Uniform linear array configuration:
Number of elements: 32
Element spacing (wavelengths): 0.75
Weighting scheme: cosine
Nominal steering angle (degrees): -60
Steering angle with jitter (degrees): -59.331
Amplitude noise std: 0.05
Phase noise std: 0.05

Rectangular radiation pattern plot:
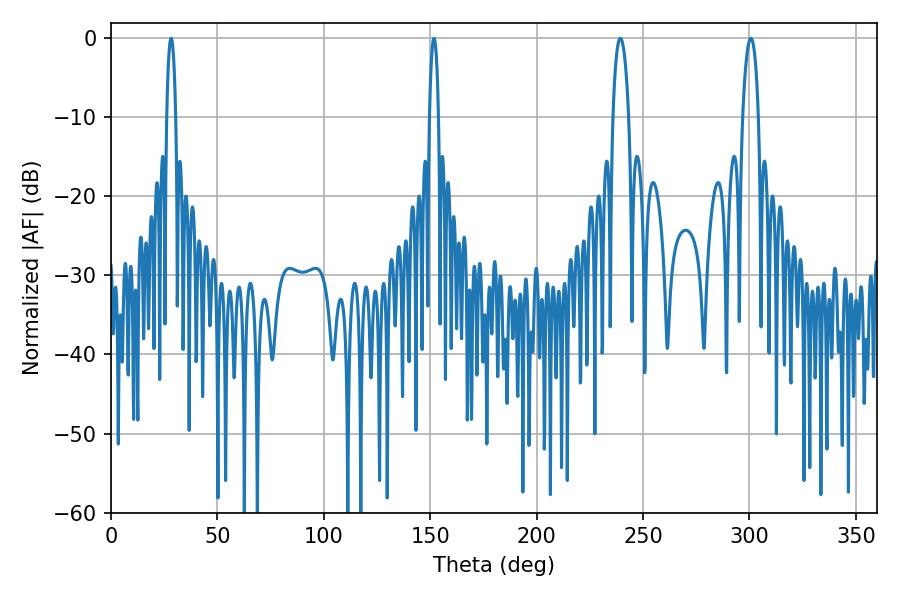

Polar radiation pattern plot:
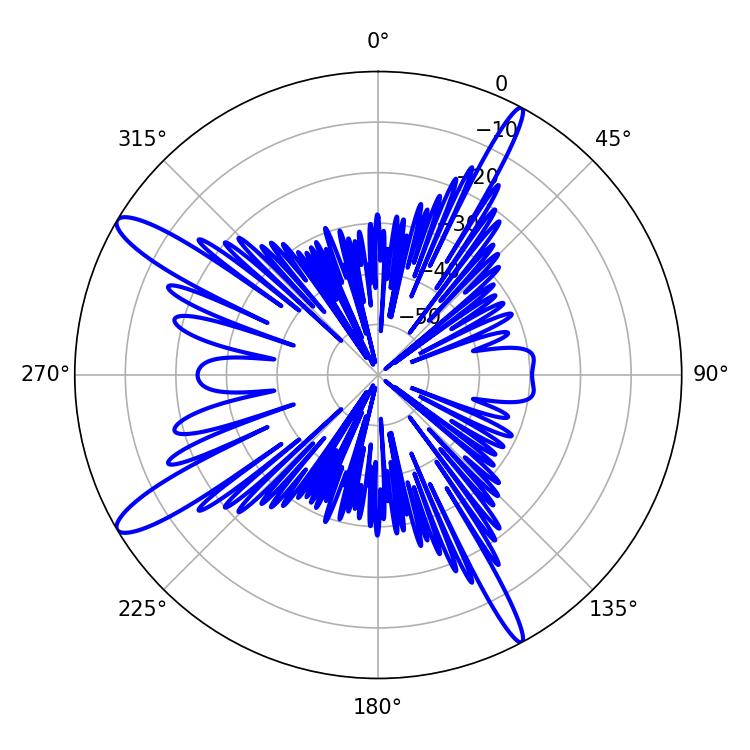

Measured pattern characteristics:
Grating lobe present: TRUE
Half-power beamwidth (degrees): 2.34
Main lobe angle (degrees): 28.26